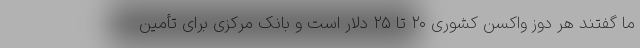
ما گفتند هر دوز واکسن کشوری ۲۰ تا ۲۵ دلار است و بانک مرکزی برای تأمین